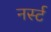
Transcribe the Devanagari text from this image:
नर्स्ट